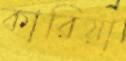
কারিয়া